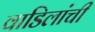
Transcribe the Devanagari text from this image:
वाडिलांची